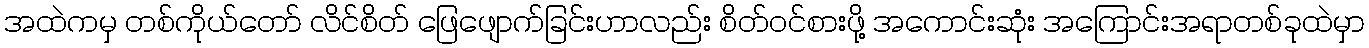
အထဲကမှ တစ်ကိုယ်တော် လိင်စိတ် ဖြေဖျောက်ခြင်းဟာလည်း စိတ်ဝင်စားဖို့ အကောင်းဆုံး အကြောင်းအရာတစ်ခုထဲမှာ